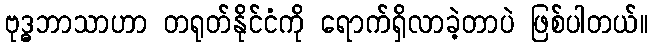
ဗုဒ္ဓဘာသာဟာ တရုတ်နိုင်ငံကို ရောက်ရှိလာခဲ့တာပဲ ဖြစ်ပါတယ်။